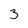
Character: 3